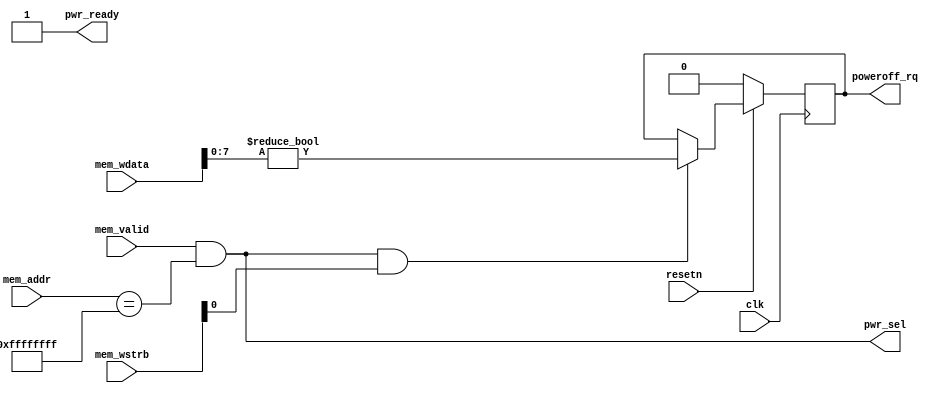
`timescale 1 ns / 1 ps

module pwr #(
    parameter [31:0] ADDR = 32'hffff_ffff
) (
    input clk,
    input resetn,
    input mem_valid,
    input [31:0] mem_addr,
    input [31:0] mem_wdata,
    input [3:0] mem_wstrb,
    output pwr_ready,
    output pwr_sel,
    output reg poweroff_rq
);

assign pwr_sel = mem_valid && (mem_addr == ADDR);
// always ready, because we handle everything in a single cycle
assign pwr_ready = 1;

// write logic
always @(posedge clk) begin
    if (!resetn) begin
        poweroff_rq <= 0;
    end else if (pwr_sel && mem_wstrb[0]) begin
        poweroff_rq <= mem_wdata[7:0] != 0;
    end
end

endmodule